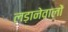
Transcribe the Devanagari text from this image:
लड़ानेवालों